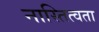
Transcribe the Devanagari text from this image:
नास्तित्वता